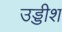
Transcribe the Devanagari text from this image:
उड्डीश